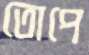
তোপে